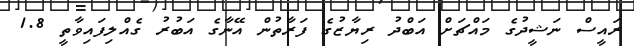
ރައީސް ނަޝީދުގެ މައްޗަށް އަބްދު ރިޔާޒުގެ ފަރާތުން އޭނާގެ އަބުރު ގެއްލިފައިވާތީ 1.8